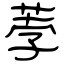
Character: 荸